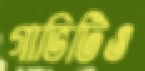
গাভিটিও